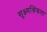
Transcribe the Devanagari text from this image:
सूक्ष्मश्रिंकला